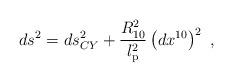
LaTeX: \begin{align*}ds^2=ds^2_{CY}+ {R_{10}^2\over l_{\mbox{\scriptsize p}}^2} \left(dx^{10} \right)^2~,\end{align*}